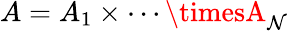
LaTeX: A=A_{1}\times\cdots\timesA_{\mathcal{N}}